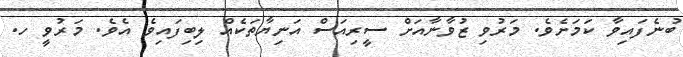
ބުނެފައިވާ ކަމަށެވެ. މަރުވި ޒުވާނާއަށް ސީރިއަސް އަނިޔާތަކެއް ލިބިފައިވެ އެވެ. މަރުވީ ހ.